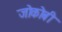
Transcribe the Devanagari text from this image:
जोकोबी